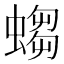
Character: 𧎷